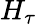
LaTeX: H_{\tau}